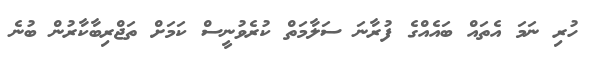
ހުރި ނަމަ އެތައް ބައެއްގެ ފުރާނަ ސަލާމަތް ކުރެވުނީސް ކަމަށް ތަޖްރިބާކާރުން ބުނެ